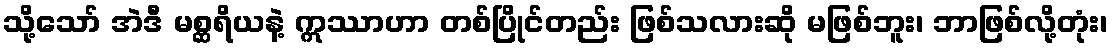
သို့သော် အဲဒီ မစ္ဆရိယနဲ့ ဣဿာဟာ တစ်ပြိုင်တည်း ဖြစ်သလားဆို မဖြစ်ဘူး၊ ဘာဖြစ်လို့တုံး၊